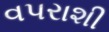
વપરાશી